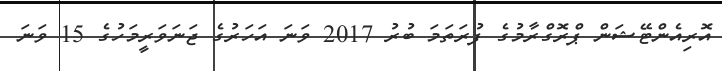
އޮރިއެންޓޭޝަން ޕްރޮގްރާމުގެ ފުރަތަމަ ބުރު 2017 ވަނަ އަހަރުގެ ޖަނަވަރީމަހުގެ 15 ވަނަ